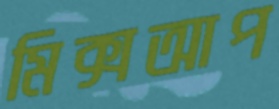
মিক্সআপ